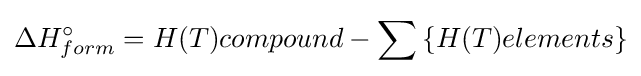
\Delta H_{form}^{\circ }=H(T)compound-\sum \left\{H(T)elements\right\}